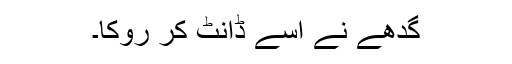
گدھے نے اسے ڈانٹ کر روکا۔